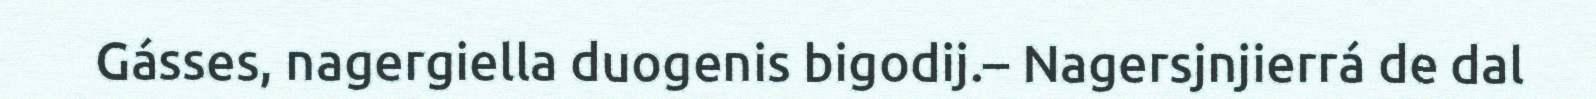
Gásses, nagergiella duogenis bigodij.– Nagersjnjierrá de dal